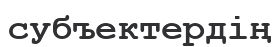
субъектердің